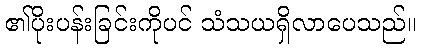
၏ပိုးပန်းခြင်းကိုပင် သံသယရှိလာပေသည်။